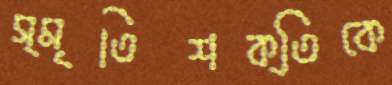
স্মৃতিশক্তিকে